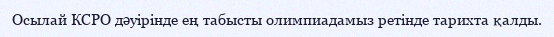
Осылай КСРО дәуірінде ең табысты олимпиадамыз ретінде тарихта қалды.